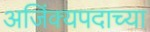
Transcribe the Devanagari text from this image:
अजिंक्यपदाच्या